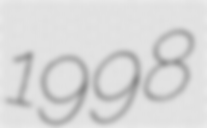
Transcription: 1998